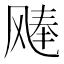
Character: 𫗉